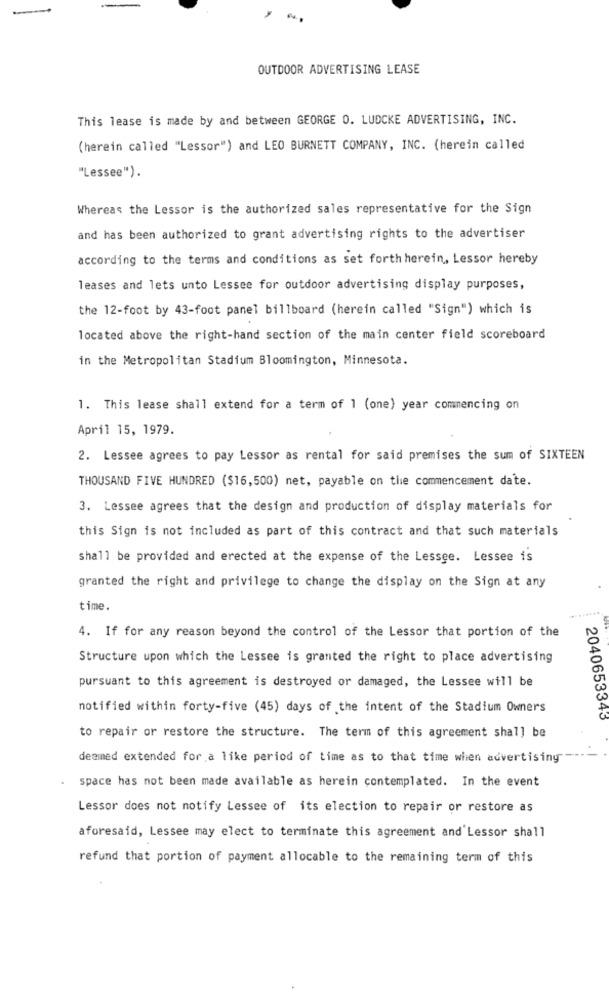
OUTDOOR ADVERTISING LEASE
This lease is made by and between GEORGE O. LUDCKE ADVERTISING, INC.
(herein called "Lessor") and LEO BURNETT COMPANY, INC. (herein called
"Lessee").
Whereas the Lessor is the authorized sales representative for the Sign
and has been authorized to grant advertising rights to the advertiser
according to the terms and conditions as set forth herein, Lessor hereby
leases and lets unto Lessee for outdoor advertising display purposes,
the 12-foot by 43-foot panel billboard (herein called "Sign") which is
located above the right-hand section of the main center field scoreboard
in the Metropolitan Stadium Bloomington, Minnesota.
1. This lease shall extend for a term of 1 (one) year commencing on
April 15, 1979.
2. Lessee agrees to pay Lessor as rental for said premises the sum of SIXTEEN
THOUSAND FIVE HUNDRED ($16,500) net, payable on the commencement date.
3. Lessee agrees that the design and production of display materials for
this Sign is not included as part of this contract and that such materials
shall be provided and erected at the expense of the Lessee. Lessee is
granted the right and privilege to change the display on the Sign at any
time.
4. If for any reason beyond the control of the Lessor that portion of the
Structure upon which the Lessee is granted the right to place advertising
pursuant to this agreement is destroyed or damaged, the Lessee will be
notified within forty-five (45) days of the intent of the Stadium Owners
2040653343
to repair or restore the structure. The term of this agreement shall be
deemed extended for a like period of time as to that time when advertising
space has not been made available as herein contemplated. In the event
Lessor does not notify Lessee of its election to repair or restore as
aforesaid, Lessee may elect to terminate this agreement and'Lessor shall
refund that portion of payment allocable to the remaining term of this